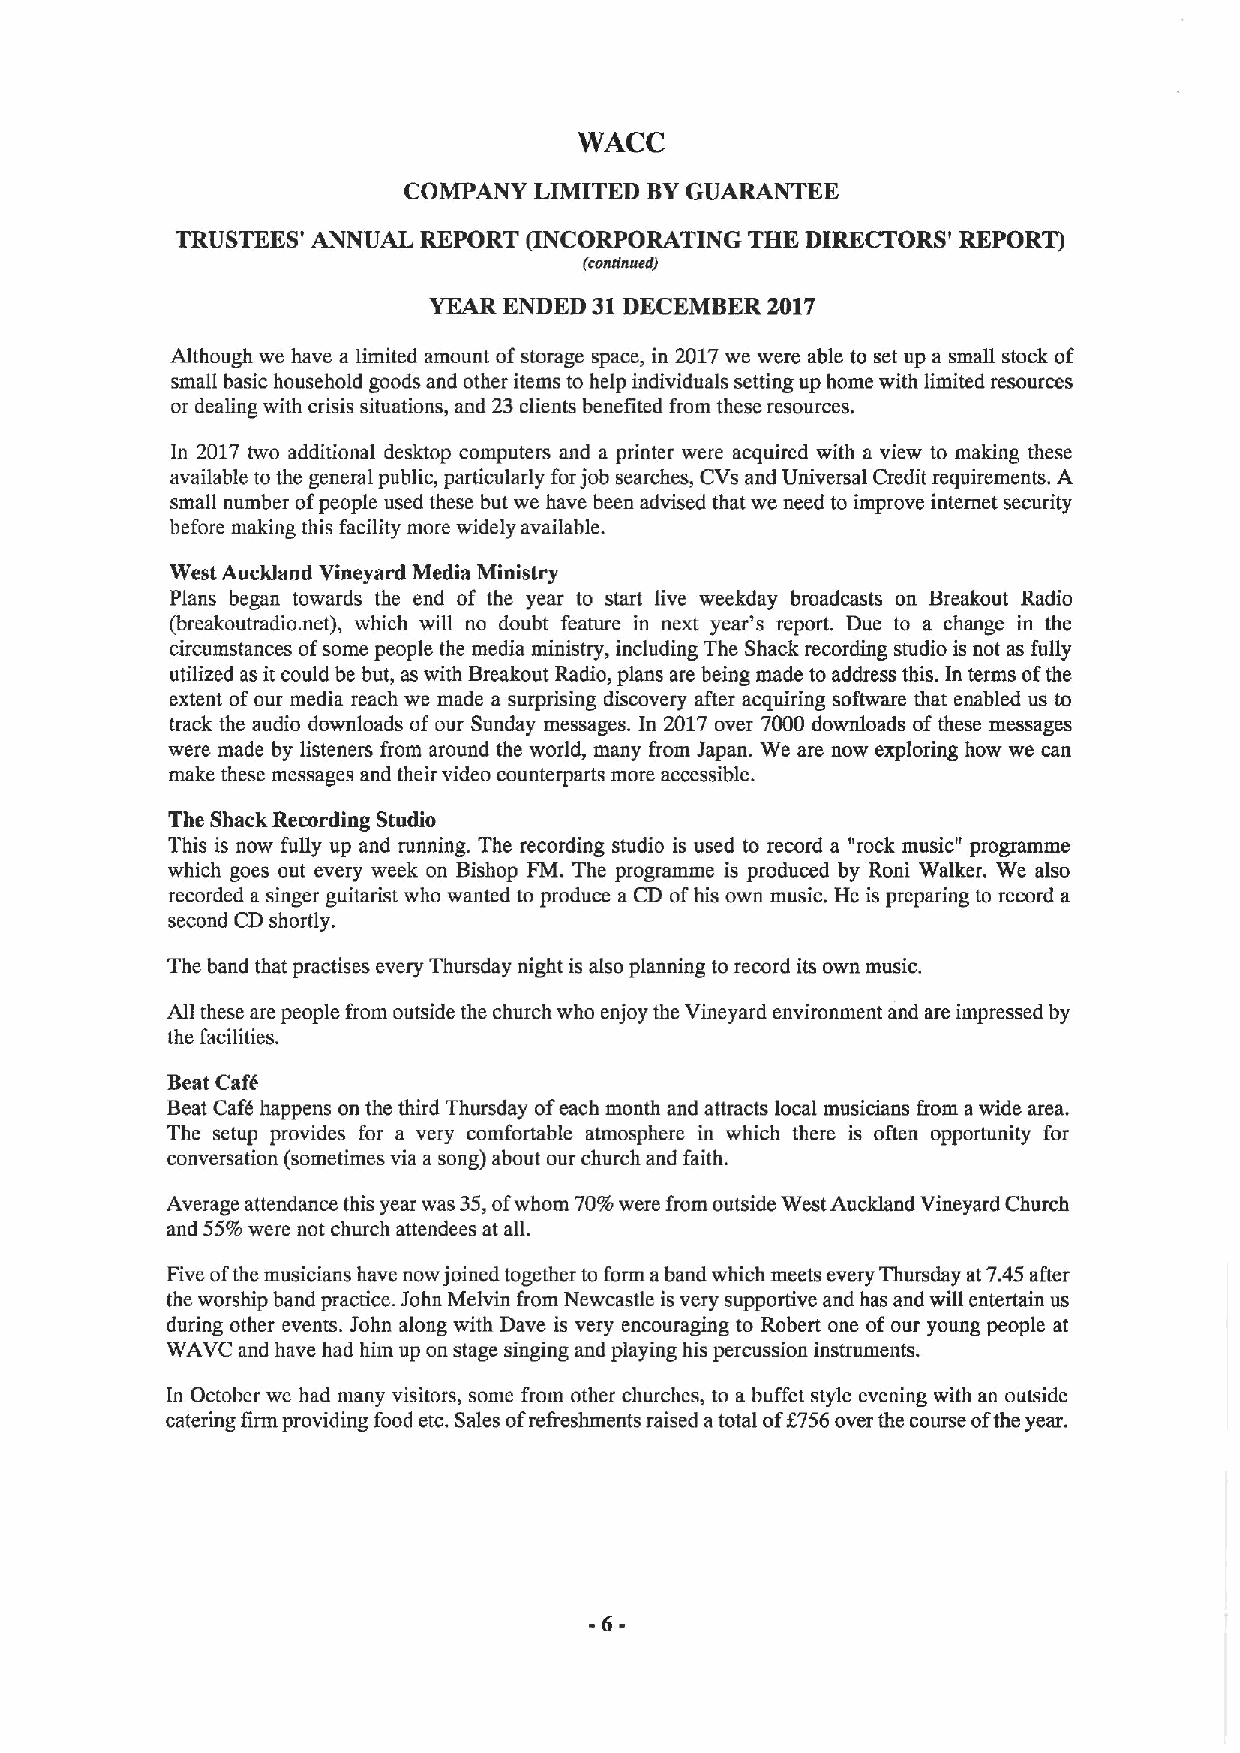
WACC
 COMPANY LIMITED BYGUARANTEE
 TRUSTEES' ANNUAL REPORT (INCORPORATING THE DIRECTORS' REPORT)
 teeeeaued)
 YEAR ENDED 31DECEMBER  2017
 Although we have a limited amount ofstorage space, in 2017we were able to set up a small stock of
 small basic household goods and other items to help individuals setting up home with limited resources
 or dealing with crisis situations, and 23clients benefited from these resources.
 In 2017 two additional desktop computers and a printer were acquired with a view to making these
 available to the general public, particularly forjob searches, CVs and Universal Credit requirements. A
 small number ofpeople used these but we have been advised that we need to improve internet security
 before making this facility more widely available.
 West Auckland Vineyard Media Ministry
 Plans began towards the end of the year to start live weekday broadcasts on Breakout Radio
 (breakoutradio. net), which will no doubt feature in next year's report. Due to a change in the
 circumstances ofsome people the media ministry, including The Shack recording studio is not as fully
 utilized as itcould be but, as with Breakout Radio, plans are being made to address this. In terms ofthe
 extent ofour media reach we made a surprising discovery after acquiring software that enabled us to
 track the audio downloads of our Sunday messages. In 2017 over 7000 downloads of these messages
 were made by listeners from around the world, many from Japan. We are now exploring how we can
 make these messages and their video counterparts more accessible.
 The Shack Recording Studio
 This is now fully up and running. The recording studio is used to record a "rock music" programme
 which goes out every week on Bishop FM. The programme is produced by Roni Walker. We also
 recorded a singer guitarist who wanted to produce a CD ofhis own music. He is preparing to record a
 second CD shortly.
 The band that practises every Thursday night is also planning to record its own music.
 All these are people from outside the church who enjoy the Vineyard environment and are impressed by
 the facilities.
 Beat Cafd
 Beat Cafe happens on the third Thursday ofeach month and attracts local musicians from awide area.
 The setup provides for a very comfortable atmosphere in which there is often opportunity for
 conversation (sometimes via a song) about our church and faith.
 Average attendance this year was 35,ofwhom 70%were from outside West Auckland Vineyard Church
 and 55%were not church attendees at all.
 Five ofthe musicians have now joined together to form aband which meets every Thursday at 7.45after
 the worship band practice. John Melvin from Newcastle is very supportive and has and will entertain us
 during other events. John along with Dave is very encouraging to Robert one ofour young people at
 WAVC and have had him up on stage singing and playing his percussion instruments.
 In October we had many visitors, some from other churches, to a buffet style evening with an outside
 catering firm providing food etc.Sales ofrefreshments raised atotal of$756over the course ofthe year.